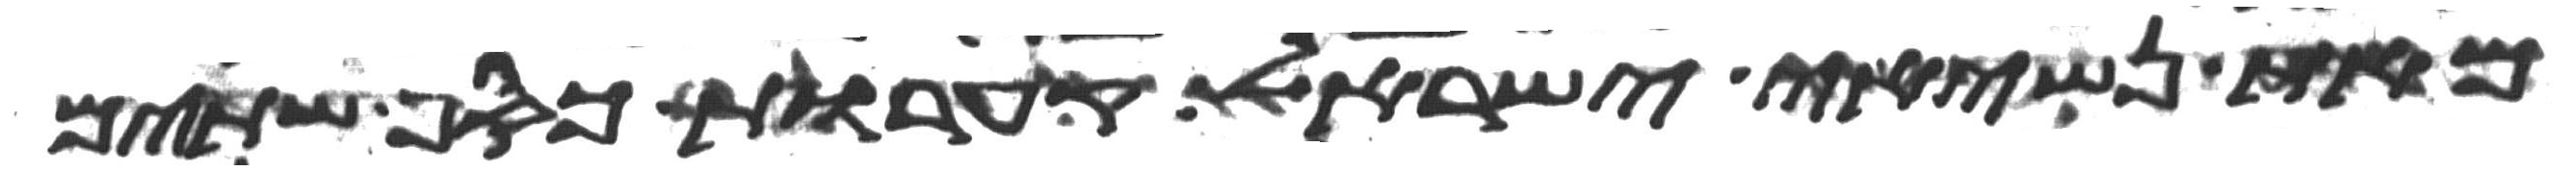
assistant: מאת נשיאי ישראל קערות כסף שתים